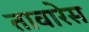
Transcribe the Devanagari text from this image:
तावारेस